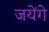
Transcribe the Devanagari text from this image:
जयेंगे